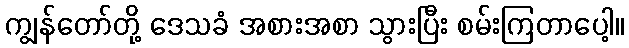
ကျွန်တော်တို့ ဒေသခံ အစားအစာ သွားပြီး စမ်းကြတာပေါ့။